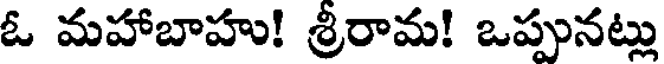
ఓ మహాబాహు! శ్రీరామ! ఒప్పునట్లు